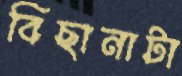
বিছানাটা